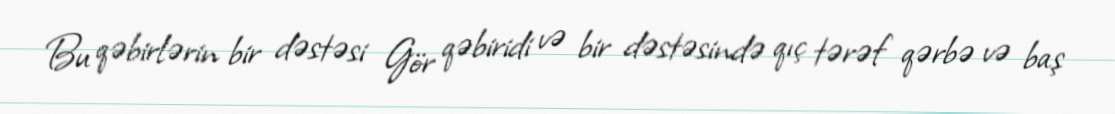
Bu qəbirlərin bir dəstəsi Gör qəbiridi və bir dəstəsində qıç tərəf qərbə və baş